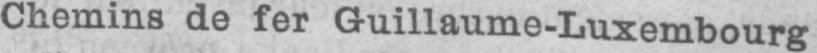
Chemins de fer Guillaume-Luxembourg